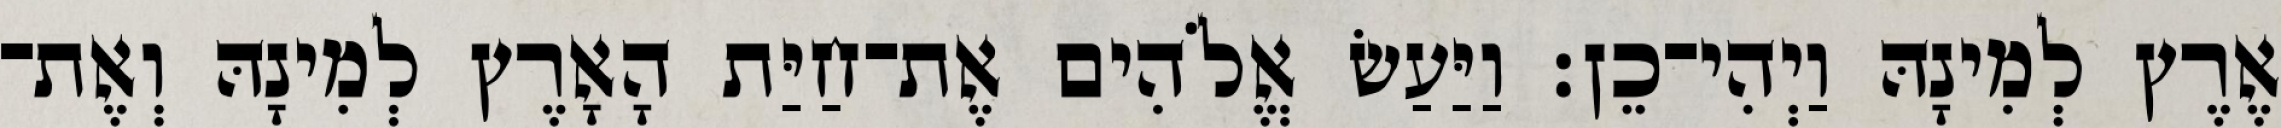
אֶרֶץ לְמִינָהּ וַיְהִי־כֵן׃ וַיַּעַשׂ אֱלֹהִים אֶת־חַיַּת הָאָרֶץ לְמִינָהּ וְאֶת־